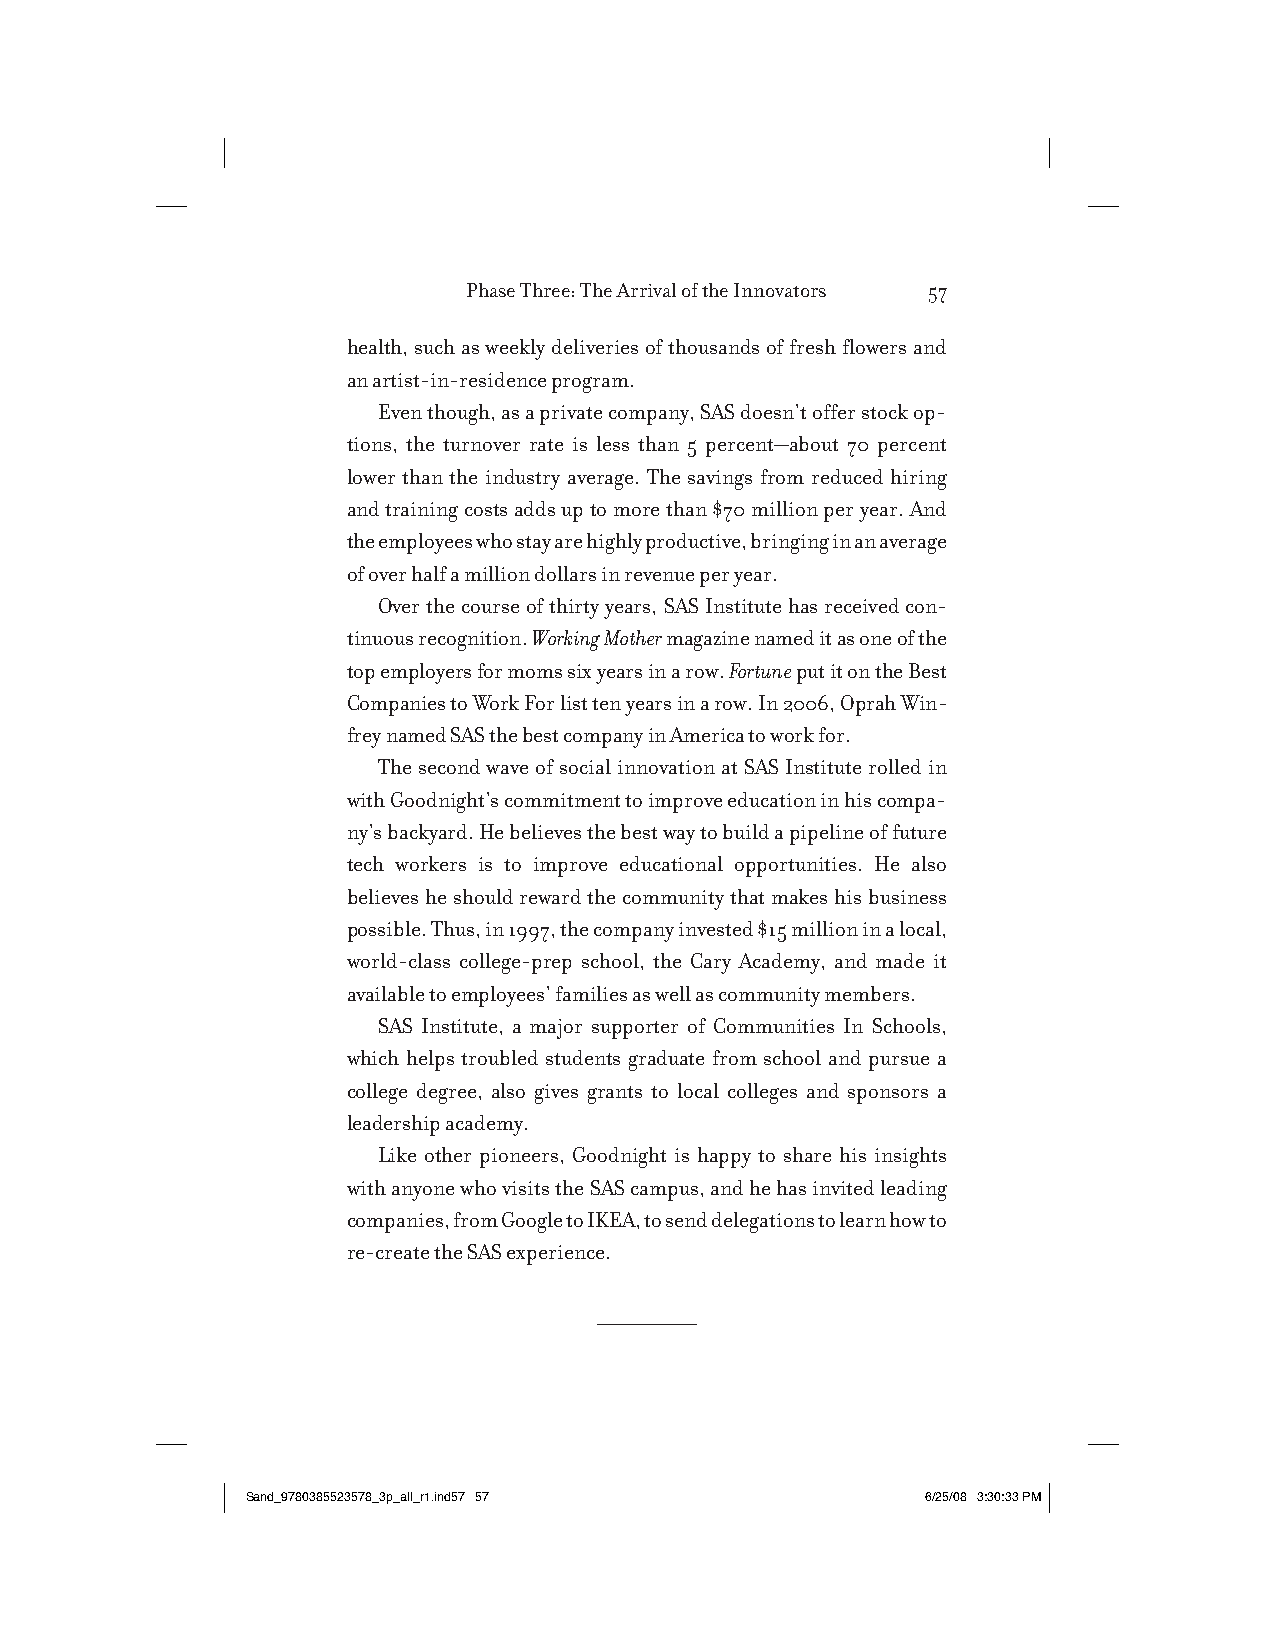
Phase Three: The Arrival of the Innovators 57
 health, such as weekly deliveries of thousands of fresh flowers and
 an artist-in-residence program.
 Even though, as a private company, SAS doesn’t offer stock op-
 tions, the turnover rate is less than 5 percent—about 70 percent
 lower than the industry average. The savings from reduced hiring
 and training costs adds up to more than $70 million per year. And
 the employees who stay are highly productive, bringing in an average
 of over half a million dollars in revenue per year.
 Over the course of thirty years, SAS Institute has received con-
 tinuous recognition. Working Mother magazine named it as one of the
 top employers for moms six years in a row. Fortune put it on the Best
 Companies to Work For list ten years in a row. In 2006, Oprah Win-
 frey named SAS the best company in America to work for.
 The second wave of social innovation at SAS Institute rolled in
 with Goodnight’s commitment to improve education in his compa-
 ny’s backyard. He believes the best way to build a pipeline of future
 tech workers is to improve educational opportunities. He also
 believes he should reward the community that makes his business
 possible. Thus, in 1997, the company invested $15 million in a local,
 world-class college-prep school, the Cary Academy, and made it
 available to employees’ families as well as community members.
 SAS Institute, a major supporter of Communities In Schools,
 which helps troubled students graduate from school and pursue a
 college degree, also gives grants to local colleges and sponsors a
 leadership academy.
 Like other pioneers, Goodnight is happy to share his insights
 with anyone who visits the SAS campus, and he has invited leading
 companies, from Google to IKEA, to send delegations to learn how to
 re-create the SAS experience.
 SSaanndd__99778800338855552233557788__33pp__aallll__rr11..iinndd5577 5577 66//2255//0088 33::3300::3333 PPMM